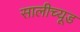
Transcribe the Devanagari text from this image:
सालीच्यूड